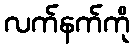
လက်နက်ကို